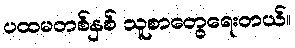
ပထမတစ်နှစ် သူစာတွေရေးတယ်။